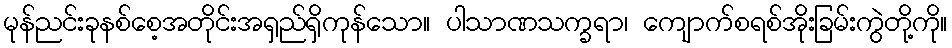
မုန်ညင်းခုနစ်စေ့အတိုင်းအရှည်ရှိကုန်သော။ ပါသာဏသက္ခရာ၊ ကျောက်စရစ်အိုးခြမ်းကွဲတို့ကို။